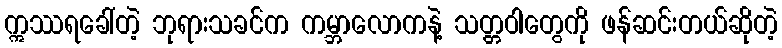
ဣဿရခေါ်တဲ့ ဘုရားသခင်က ကမ္ဘာလောကနဲ့ သတ္တဝါတွေကို ဖန်ဆင်းတယ်ဆိုတဲ့